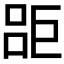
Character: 𱜗